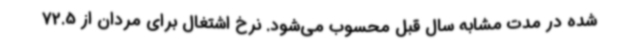
شده در مدت مشابه سال قبل محسوب می‌شود. نرخ اشتغال برای مردان از 72.5